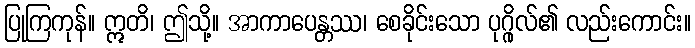
ပြုကြကုန်။ ဣတိ၊ ဤသို့။ အာကာပေန္တဿ၊ စေခိုင်းသော ပုဂ္ဂိုလ်၏ လည်းကောင်း။